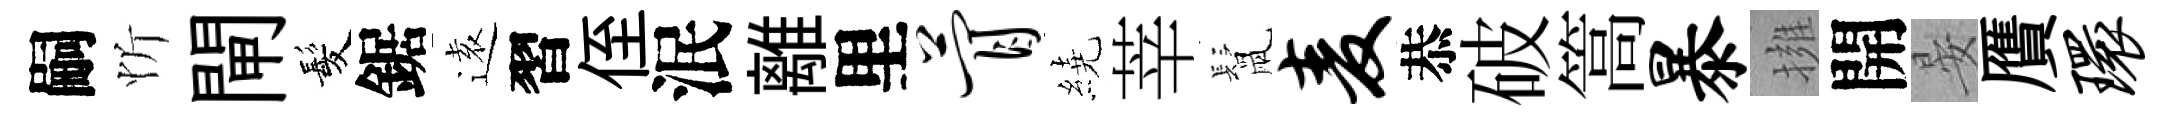
嗣忻閘髪鋸逺習侄泯離里瞢繞莘鬛麦恭破篙暴擁開晏贋环